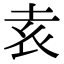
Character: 𡊮